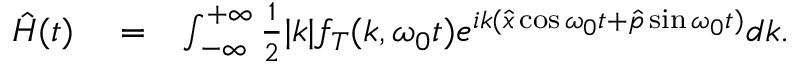
\begin{array} { r l r } { \hat { H } ( t ) } & { { } = } & { \int _ { - \infty } ^ { + \infty } \frac { 1 } { 2 } | k | f _ { T } ( k , \omega _ { 0 } t ) e ^ { i k ( \hat { x } \cos \omega _ { 0 } t + \hat { p } \sin \omega _ { 0 } t ) } d k . \ \ \ } \end{array}